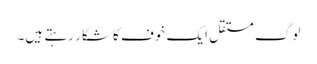
لوگ مستقل ایک خوف کا شکار رہتے ہیں۔